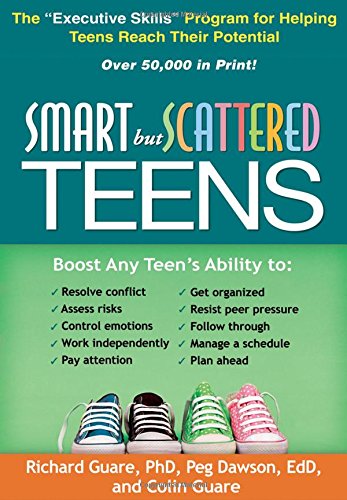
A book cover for Smart but Scattered Teens: The "Executive Skills" Program for Helping Teens Reach Their Potential; Richard Guare PhD; Education & Teaching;